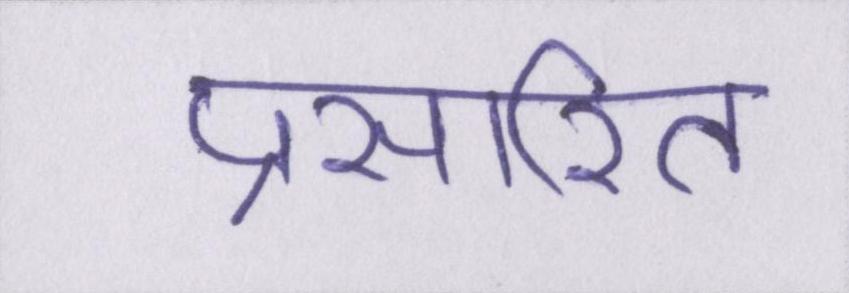
प्रसारित